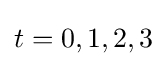
t=0,1,2,3